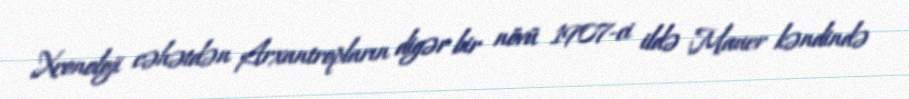
Xronoloji cəhətdən Arxantropların digər bir növü 1907-ci ildə Mauer kəndində